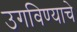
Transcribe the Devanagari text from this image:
उगविण्याचे